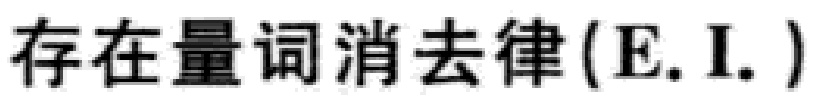
存在量词消去律(E.I.)